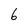
Character: 6